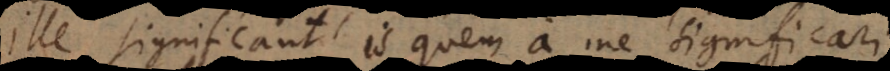
ille significant is quem a me significari